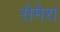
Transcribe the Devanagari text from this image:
सेमेरा